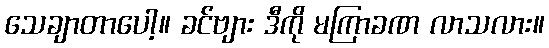
သေချာတာပေါ့။ ခင်ဗျား ဒီကို မကြာခဏ လာသလား။